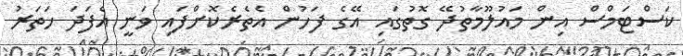
ކަސްޓަމްސް އިން މައުލޫމާތުދޭ ގޮތުގައި އޭގެ ފަހުން އެތެރެކޮށްފައި ވަނީ އެފަދަ ހަތަރު